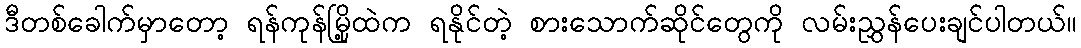
ဒီတစ်ခေါက်မှာတော့ ရန်ကုန်မြို့ထဲက ရနိုင်တဲ့ စားသောက်ဆိုင်တွေကို လမ်းညွှန်ပေးချင်ပါတယ်။